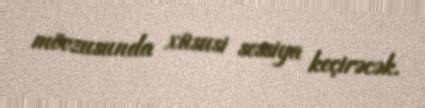
mövzusunda xüsusi sessiya keçirəcək.